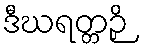
ဒီဃရတ္တဉှိ